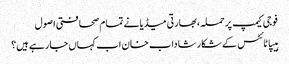
فوجی کیمپ پر حملہ ،بھارتی میڈیا نے تمام صحافتی اصول
ہیپاٹائٹس کے شکار شاداب خان اب کہاں جا رہے ہیں؟